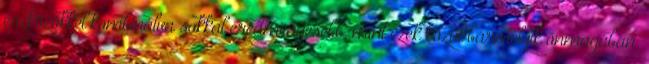
eszközökkel kombinálva sokkal eredményesebb, mint ezek közül bármelyik önmagában.